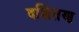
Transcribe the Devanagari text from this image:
दक्षितण